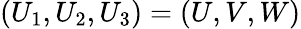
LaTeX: \left(U_{1},U_{2},U_{3}\right)=\left(U,V,W\right)